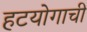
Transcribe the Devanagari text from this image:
हटयोगाची